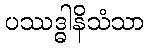
ပဿဒ္ဓါနိသံသာ